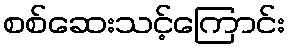
စစ်ဆေးသင့်ကြောင်း